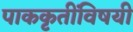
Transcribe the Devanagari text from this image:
पाककृतींविषयी